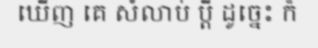
ឃើញ គេ សំលាប់ ប្តី ដូច្នេះ ក៏